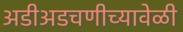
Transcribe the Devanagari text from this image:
अडीअडचणीच्यावेळी